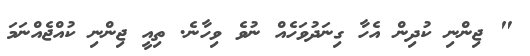
" ޖިންނި ކުދިން އެހާ ގިނަދުވަހެއް ނުވެ ވިހާނެ. ތިއީ ޖިންނި ކުއްޖެއްނަމަ